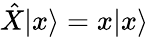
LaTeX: {\hat{X}}|x\rangle=x|x\rangle